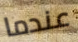
عندما